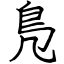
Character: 鳬